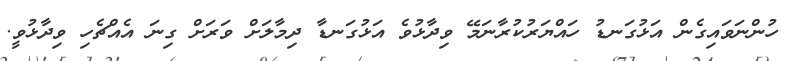
ހުންނަވައިގެން އަޅުގަނޑު ހައްޔަރުކުރާނަމޭ ވިދާޅުވެ އަޅުގަނޑާ ދިމާލަށް ވަރަށް ގިނަ އެއްޗެހި ވިދާޅުވީ.